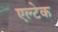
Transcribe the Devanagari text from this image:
एल्टेक